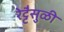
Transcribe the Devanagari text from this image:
रेट्टैसुळी